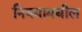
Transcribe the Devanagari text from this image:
नियमामधील